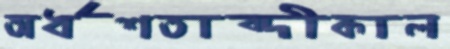
অর্ধশতাব্দীকাল